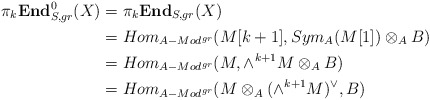
\begin{align*}\pi_k \textbf{End}^0_{S,gr}(X)&= \pi_k \textbf{End}_{S,gr}(X)\\&= Hom_{A-Mod^{gr}}(M[k+1],Sym_A(M[1]) \otimes_A B)\\&= Hom_{A-Mod^{gr}}(M,\wedge^{k+1} M \otimes_A B)\\&= Hom_{A-Mod^{gr}}(M \otimes_A (\wedge^{k+1} M)^\vee, B)\end{align*}